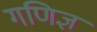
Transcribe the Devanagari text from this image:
गणिज्ञ